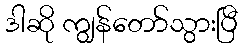
ဒါဆို ကျွန်တော်သွားပြီ